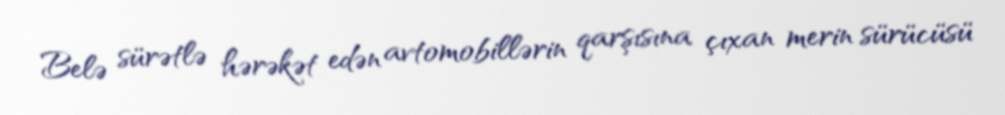
Belə sürətlə hərəkət edən avtomobillərin qarşısına çıxan merin sürücüsü